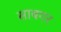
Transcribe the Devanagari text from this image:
साबगर